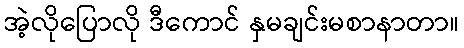
အဲ့လိုပြောလို ဒီကောင် နှမချင်းမစာနာတာ။